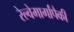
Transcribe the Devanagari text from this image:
रेल्वेमार्गांपैकी